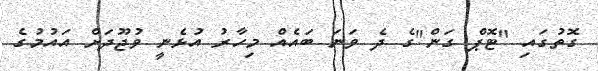
ގޮތުގައި "ޓޮޕް ގަން"ގެ ދެ ވަނަ ބައެއް މިހާރު އުޅެނީ ވުޖޫދަށް އައުމުގެ